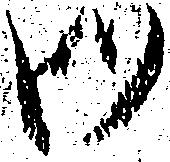
御